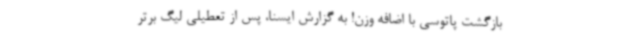
بازگشت پاتوسی با اضافه وزن! به گزارش ایسنا، پس از تعطیلی لیگ برتر